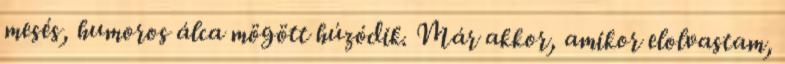
mesés, humoros álca mögött húzódik. Már akkor, amikor elolvastam,